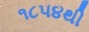
૧૮૫૪થી